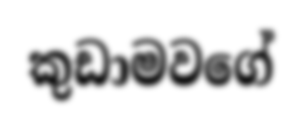
කුඩාමවගේ